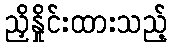
ညှိနှိုင်းထားသည့်